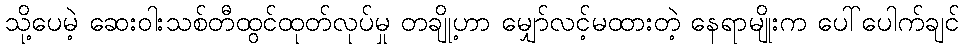
သို့ပေမဲ့ ဆေးဝါးသစ်တီထွင်ထုတ်လုပ်မှု တချို့ဟာ မျှော်လင့်မထားတဲ့ နေရာမျိုးက ပေါ်ပေါက်ချင်